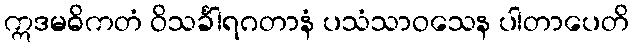
ဣဒမဓိကတံ ဝိသင်္ခါရဂတာနံ ပသံသာဝသေန ပါတာပေတိ